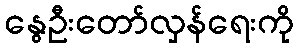
နွေဦးတော်လှန်ရေးကို